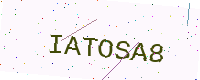
Text: IATOSA8